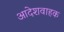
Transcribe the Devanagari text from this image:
आदेशवाहक